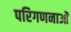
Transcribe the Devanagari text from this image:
परिगणनाओं